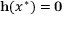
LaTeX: \mathbf { h } ( x ^ { * } ) = \mathbf { 0 }